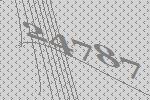
24787